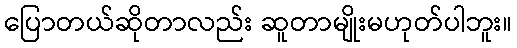
ပြောတယ်ဆိုတာလည်း ဆူတာမျိုးမဟုတ်ပါဘူး။